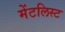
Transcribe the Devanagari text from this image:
मेंटलिस्ट